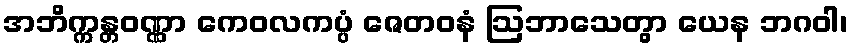
အဘိက္ကန္တဝဏ္ဏာ ကေဝလကပ္ပံ ဇေတဝနံ ဩဘာသေတွာ ယေန ဘဂဝါ၊